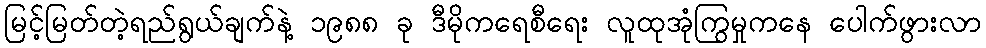
မြင့်မြတ်တဲ့ရည်ရွယ်ချက်နဲ့ ၁၉၈၈ ခု ဒီမိုကရေစီရေး လူထုအုံကြွမှုကနေ ပေါက်ဖွားလာ